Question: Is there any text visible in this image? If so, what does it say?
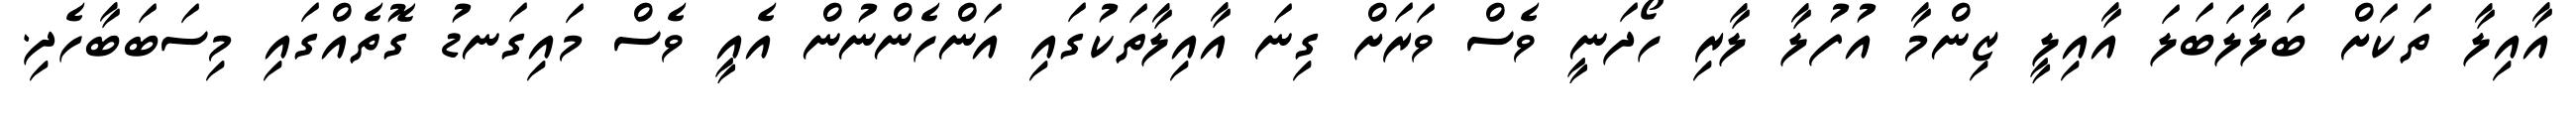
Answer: އާއިލާ ތަކަށް ބަލާލަބަލަ އާއިލީ ޒިންމާ އުފުލާ ލާރި ހޯދަނީ ވެސް ވަރަށް ގިނަ އާއިލާތަކުގައި އަންހެންނުން އެއީ ވެސް މައިގަނޑު ގޮތެއްގައި މިސަބަބާހެދި.